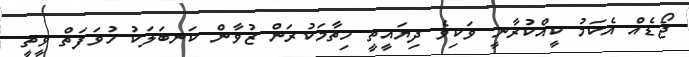
ޖޯޑެއް އެކަމު ކީއްކުރާނީ ވަކިވެ ދިޔައީތީ ހިތާމަކުރަން ޒުވާން ކަނބަލަކު ހުވަފަތް ވީތީ